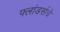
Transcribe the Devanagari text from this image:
फ्लांडर्सचे